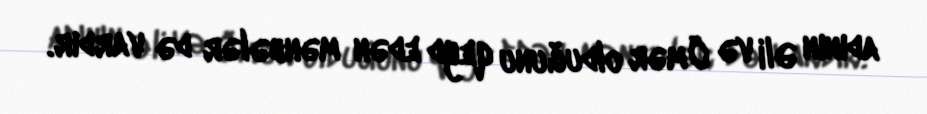
adının Əli və Ömər olduğunu qeyd edən mənbələr də vardır.